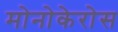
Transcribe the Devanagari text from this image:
मोनोकेरोस